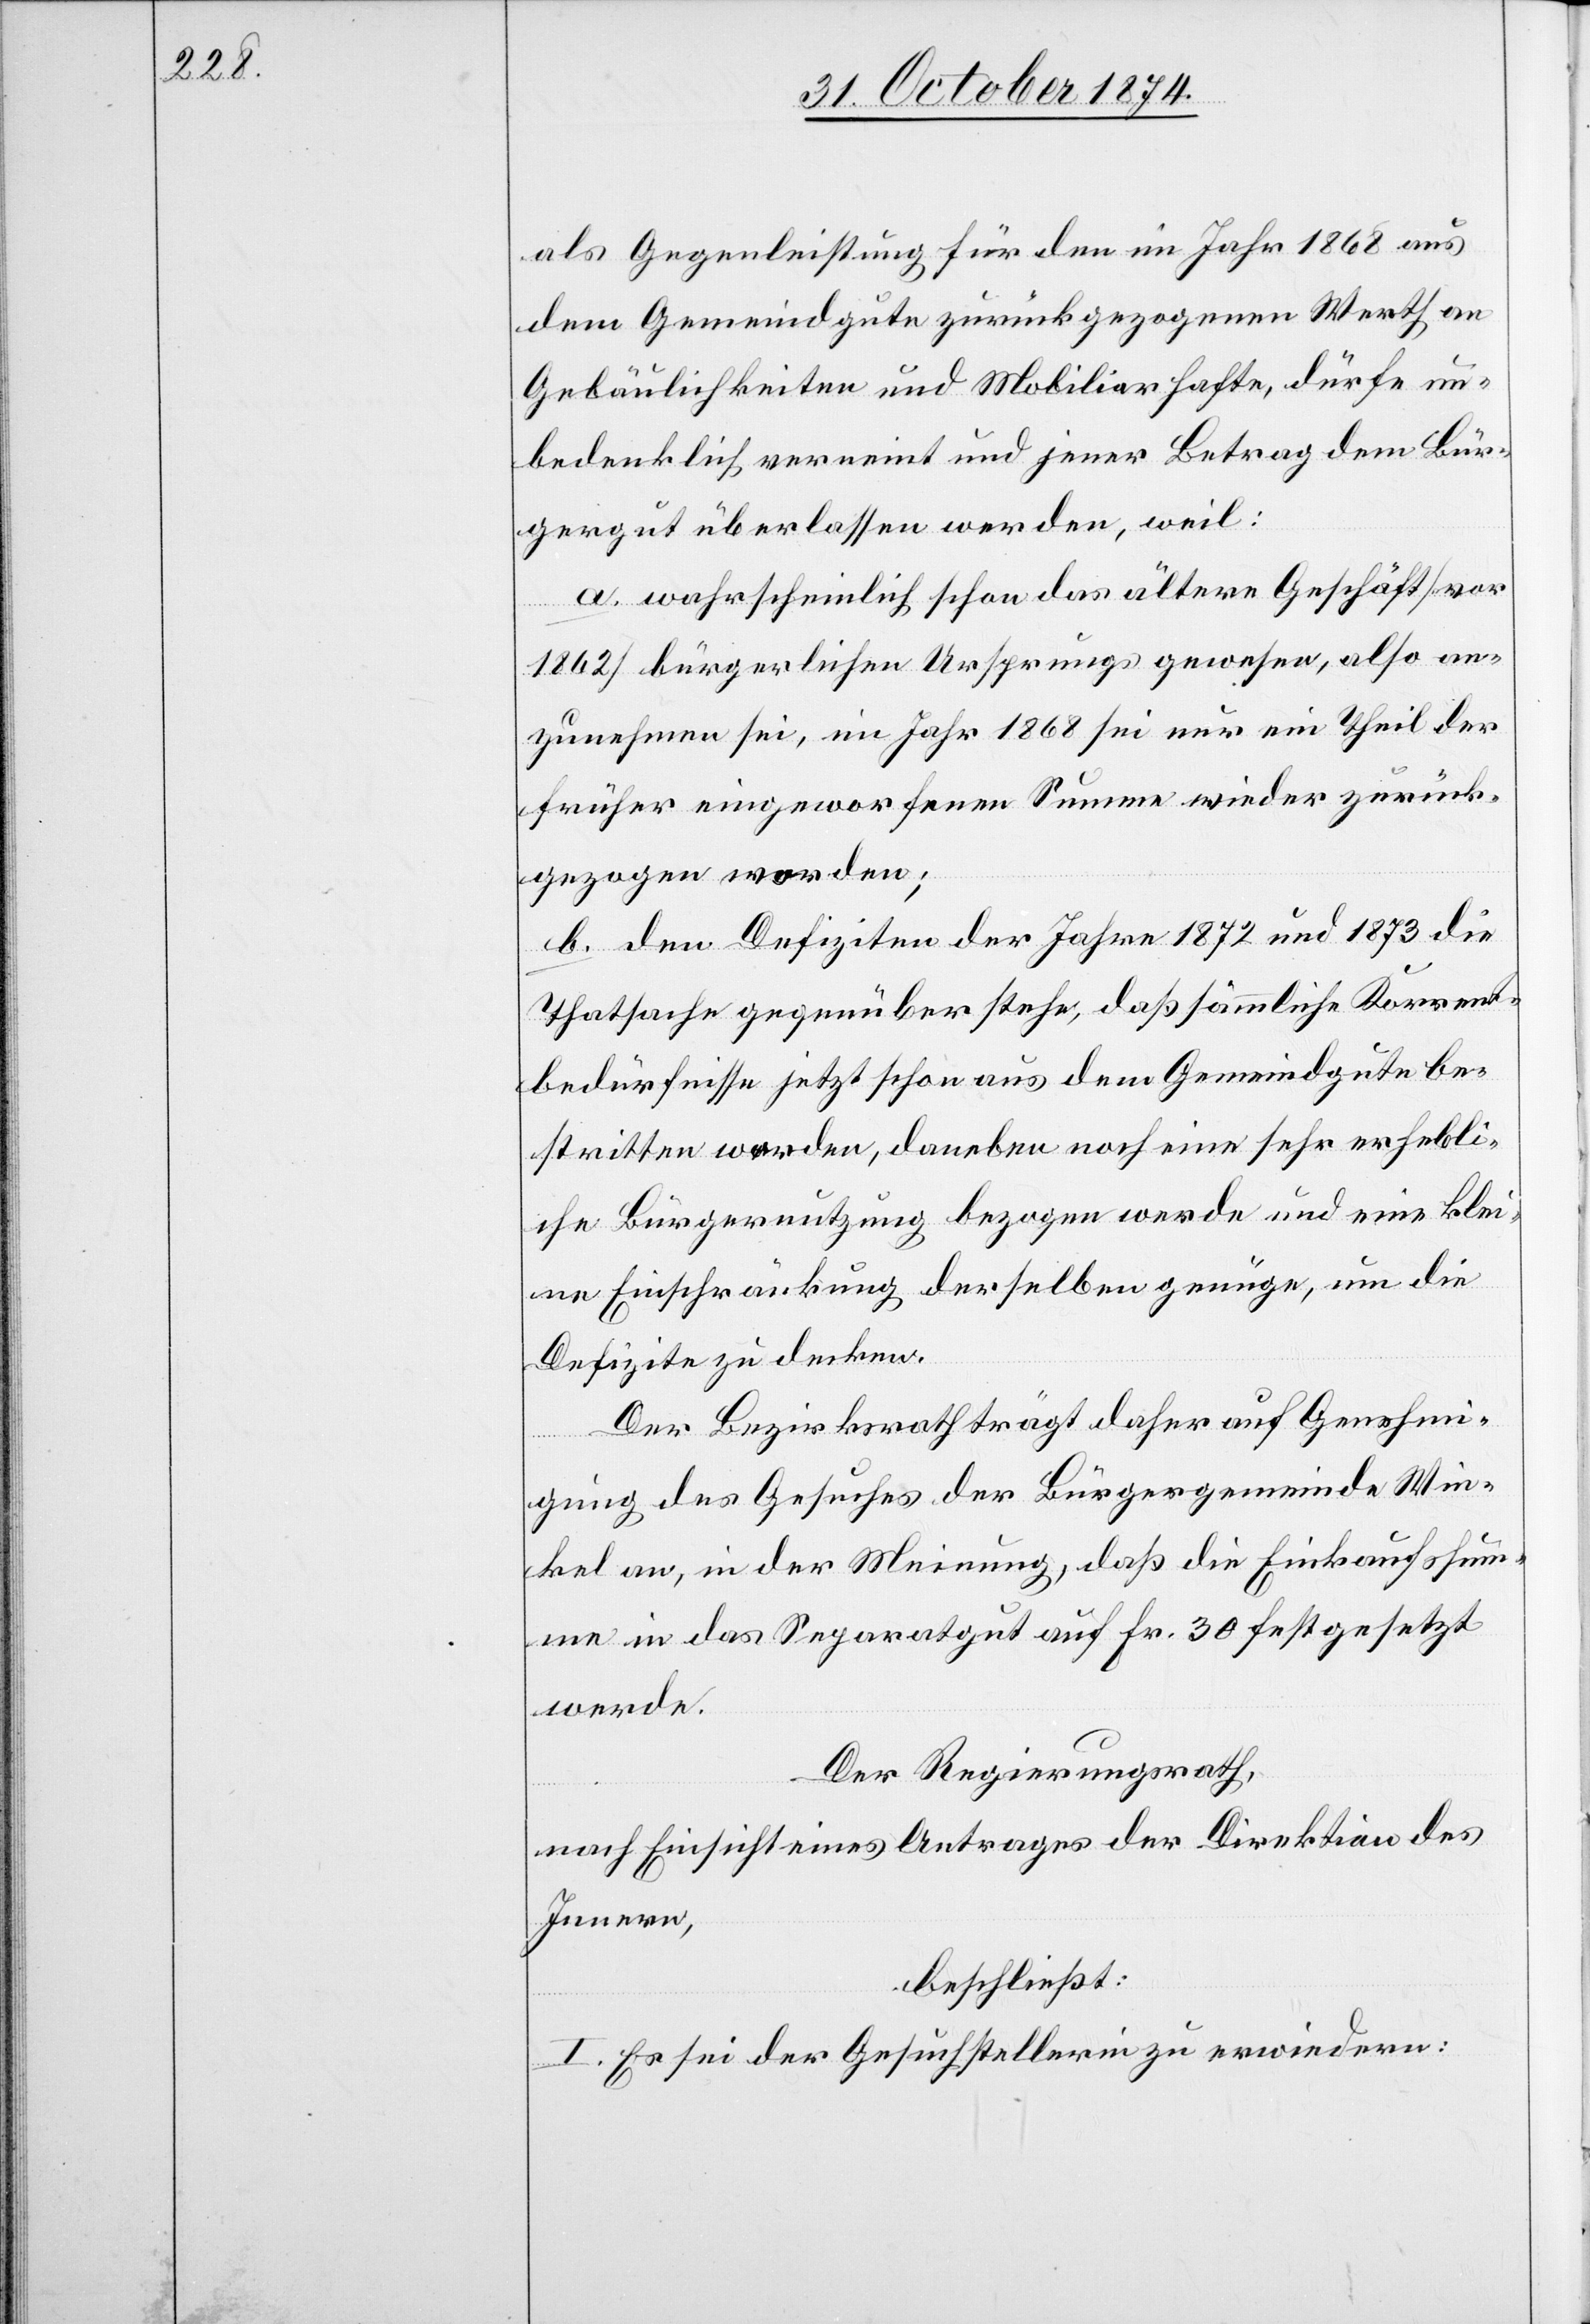
als Gegenleistung für den im Jahr 1868 aus
dem Gemeindgute zurückgezogenen Werth an
Gebäulichkeiten und Mobiliar hafte, dürfe un¬
bedenklich vereint und jener Betrag dem Bür¬
gergut überlassen werden, weil:
a. wahrscheinlich schon das ältere Geschäft [vor
1862] bürgerlichen Ursprungs gewesen, also an¬
zunehmen sei, im Jahr 1868 sei nur ein Theil der
früher eingeworfenen Summe wieder zurück¬
gezogen worden;
b. den Defiziten der Jahre 1872 und 1873 die
Thatsache gegenüberstehe; daß sämmtliche Korrent¬
bedürfnisse jetzt schon aus dem Gemeindgute be¬
stritten werden, daneben noch eine sehr erhebli¬
che Bürgernutzung bezogen werde und eine klei¬
ne Einschränkung derselben genüge, um die
Defizite zu decken.
Der Bezirksrath trägt daher auf Genehmi¬
gung des Gesuches der Bürgergemeinde Win¬
kel an, in der Meinung, daß die Einkaufssum¬
me in das Separatgut auf Fr. 30 festgesetzt
werde.
Der Regierungsrath,
nach Einsicht eines Antrages der Direktion des
Innern,
beschließt:
I. Es sei der Gesuchstellerin zu erwiedern: